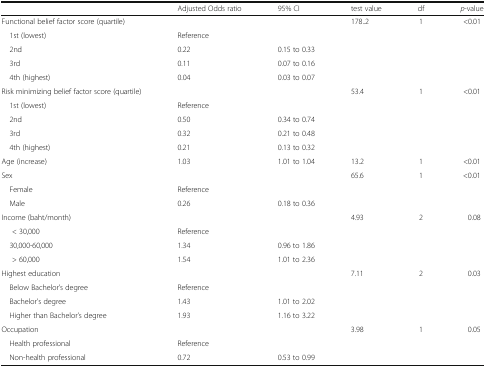
<table><thead><tr><td></td><td><b>Adjusted Odds ratio</b></td><td><b>95% CI</b></td><td><b>test value</b></td><td><b>df</b></td><td><b><i>p</i>-value</b></td></tr></thead><tbody><tr><td>Functional belief factor score (quartile)</td><td></td><td></td><td>178..2</td><td>1</td><td>&lt;0.01</td></tr><tr><td> 1st (lowest)</td><td>Reference</td><td></td><td></td><td></td><td></td></tr><tr><td> 2nd</td><td>0.22</td><td>0.15 to 0.33</td><td></td><td></td><td></td></tr><tr><td> 3rd</td><td>0.11</td><td>0.07 to 0.16</td><td></td><td></td><td></td></tr><tr><td> 4th (highest)</td><td>0.04</td><td>0.03 to 0.07</td><td></td><td></td><td></td></tr><tr><td>Risk minimizing belief factor score (quartile)</td><td></td><td></td><td>53.4</td><td>1</td><td>&lt;0.01</td></tr><tr><td> 1st (lowest)</td><td>Reference</td><td></td><td></td><td></td><td></td></tr><tr><td> 2nd</td><td>0.50</td><td>0.34 to 0.74</td><td></td><td></td><td></td></tr><tr><td> 3rd</td><td>0.32</td><td>0.21 to 0.48</td><td></td><td></td><td></td></tr><tr><td> 4th (highest)</td><td>0.21</td><td>0.13 to 0.32</td><td></td><td></td><td></td></tr><tr><td>Age (increase)</td><td>1.03</td><td>1.01 to 1.04</td><td>13.2</td><td>1</td><td>&lt;0.01</td></tr><tr><td>Sex</td><td></td><td></td><td>65.6</td><td>1</td><td>&lt;0.01</td></tr><tr><td> Female</td><td>Reference</td><td></td><td></td><td></td><td></td></tr><tr><td> Male</td><td>0.26</td><td>0.18 to 0.36</td><td></td><td></td><td></td></tr><tr><td>Income (baht/month)</td><td></td><td></td><td>4.93</td><td>2</td><td>0.08</td></tr><tr><td>&lt; 30,000</td><td>Reference</td><td></td><td></td><td></td><td></td></tr><tr><td> 30,000-60,000</td><td>1.34</td><td>0.96 to 1.86</td><td></td><td></td><td></td></tr><tr><td>&gt; 60,000</td><td>1.54</td><td>1.01 to 2.36</td><td></td><td></td><td></td></tr><tr><td>Highest education</td><td></td><td></td><td>7.11</td><td>2</td><td>0.03</td></tr><tr><td> Below Bachelor’s degree</td><td>Reference</td><td></td><td></td><td></td><td></td></tr><tr><td> Bachelor’s degree</td><td>1.43</td><td>1.01 to 2.02</td><td></td><td></td><td></td></tr><tr><td> Higher than Bachelor’s degree</td><td>1.93</td><td>1.16 to 3.22</td><td></td><td></td><td></td></tr><tr><td>Occupation</td><td></td><td></td><td>3.98</td><td>1</td><td>0.05</td></tr><tr><td> Health professional</td><td>Reference</td><td></td><td></td><td></td><td></td></tr><tr><td> Non-health professional</td><td>0.72</td><td>0.53 to 0.99</td><td></td><td></td><td></td></tr></tbody></table>